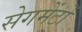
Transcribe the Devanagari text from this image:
सेगमेंटों